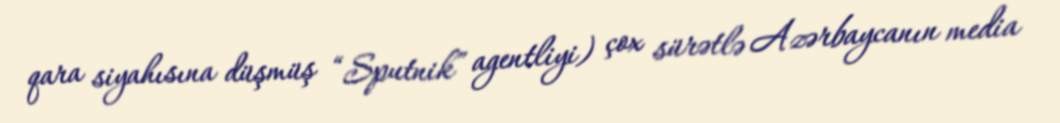
qara siyahısına düşmüş “Sputnik” agentliyi) çox sürətlə Azərbaycanın media